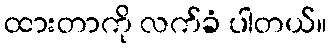
ထားတာကို လက်ခံ ပါတယ်။